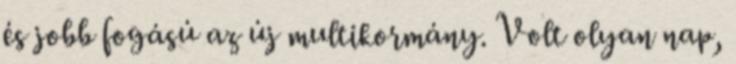
és jobb fogású az új multikormány. Volt olyan nap,